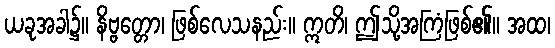
ယခုအခါ၌။ နိဗ္ဗတ္တော၊ ဖြစ်လေသနည်း။ ဣတိ၊ ဤသို့အကြံဖြစ်၏။ အထ၊